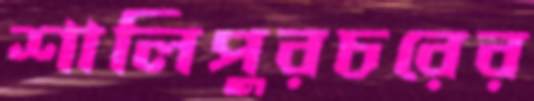
শালিপুরচরের